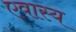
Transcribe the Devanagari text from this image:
एवास्य